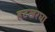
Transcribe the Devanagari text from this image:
हटखरघा